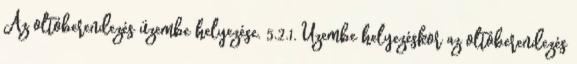
Az oltóberendezés üzembe helyezése. 5.2.1. Üzembe helyezéskor az oltóberendezés